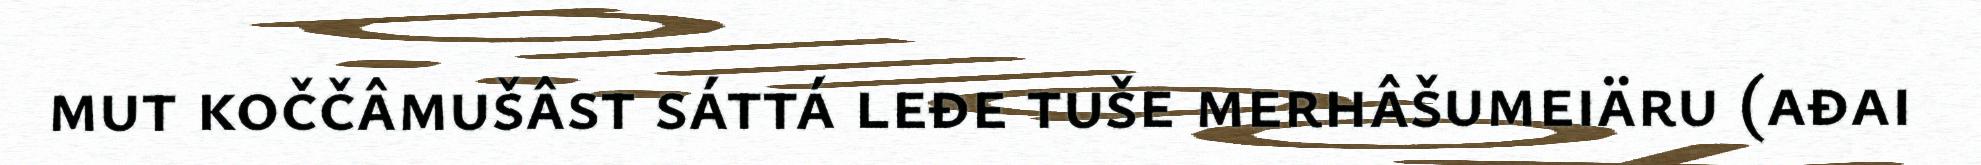
mut koččâmušâst sáttá leđe tuše merhâšumeiäru (ađai